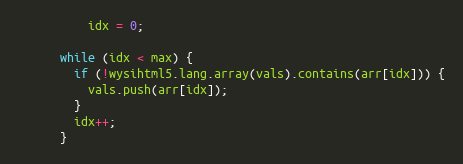
Language: JavaScript
          idx = 0;

      while (idx < max) {
        if (!wysihtml5.lang.array(vals).contains(arr[idx])) {
          vals.push(arr[idx]);
        }
        idx++;
      }